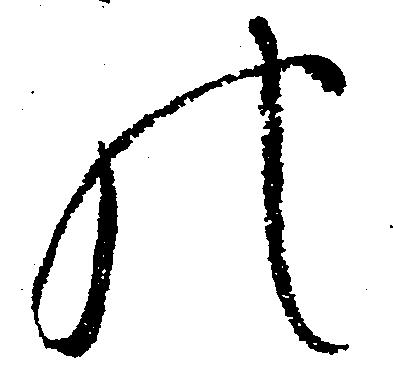
の